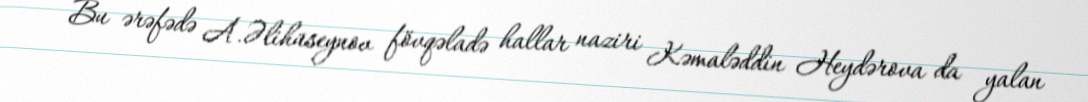
Bu ərəfədə A.Əlihüseynov fövqəladə hallar naziri Kəmaləddin Heydərova da yalan